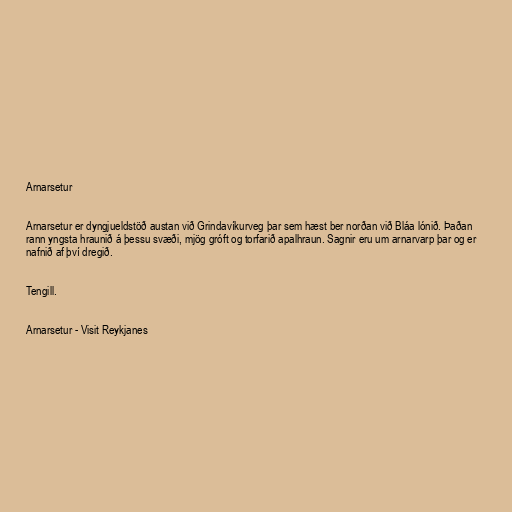
Arnarsetur

Arnarsetur er dyngjueldstöð austan við Grindavíkurveg þar sem hæst ber norðan við Bláa lónið. Þaðan
rann yngsta hraunið á þessu svæði, mjög gróft og torfarið apalhraun. Sagnir eru um arnarvarp þar og er
nafnið af því dregið.

Tengill.

Arnarsetur - Visit Reykjanes